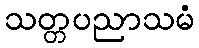
သတ္တပညာသမံ